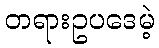
တရားဥပဒေမဲ့